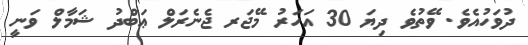
ދުވަހުއެވެ. ވޭތުވެ ދިޔަ 30 އަހަރު މޭޖަރ ޖެނެރަލް ޢަބްދު ޝަމާލް ވަނީ